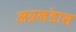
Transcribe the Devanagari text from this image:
अग्रखंडास